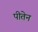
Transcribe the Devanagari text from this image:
पीतेन